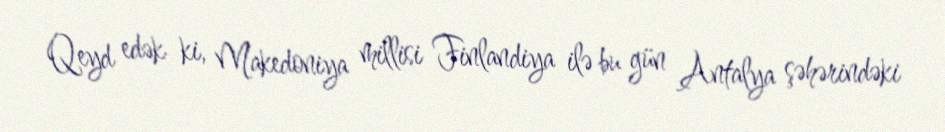
Qeyd edək ki, Makedoniya millisi Finlandiya ilə bu gün Antalya şəhərindəki